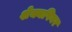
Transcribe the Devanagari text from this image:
शेक्यपियर